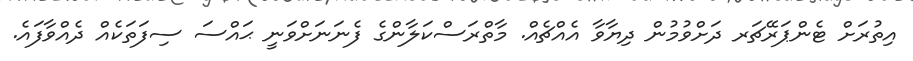
އިތުރަށް ޓެންޕަރޭޗަރ ދަށްވުމުން ދިޔާވާ އެއްޗެއް. މާތްރަސްކަލާންގެ ފެނަނަށްވަނީ ޙައްސަ ސިފަތަކެއް ދެއްވާފައެ.